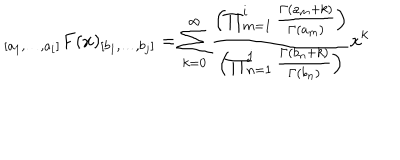
_ { [ a _ { 1 } , \ldots , a _ { i } ] } F ( x ) _ { [ b _ { 1 } , \ldots , b _ { j } ] } = \sum _ { k = 0 } ^ { \infty } \frac { \left( \prod _ { m = 1 } ^ { i } \frac { \Gamma ( a _ { m } + k ) } { \Gamma ( a _ { m } ) } \right) } { \left( \prod _ { n = 1 } ^ { j } \frac { \Gamma ( b _ { n } + k ) } { \Gamma ( b _ { n } ) } \right) } x ^ { k }